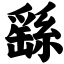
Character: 繇